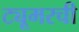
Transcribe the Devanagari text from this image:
ट्यूमरची